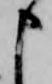
申